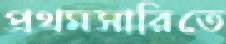
প্রথমসারিতে